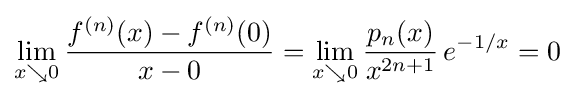
\lim _{x\searrow 0}{\frac {f^{(n)}(x)-f^{(n)}(0)}{x-0}}=\lim _{x\searrow 0}{\frac {p_{n}(x)}{x^{2n+1}}}\,e^{-1/x}=0